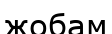
жобам